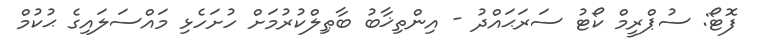
ފޮޓޯ: ސުޕްރީމް ކޯޓު ސަރަޙައްދު - އިންތިޚާބު ބާޠިލްކުރުމަށް ހުށަހެޅި މައްސަލައިގެ ޙުކުމް